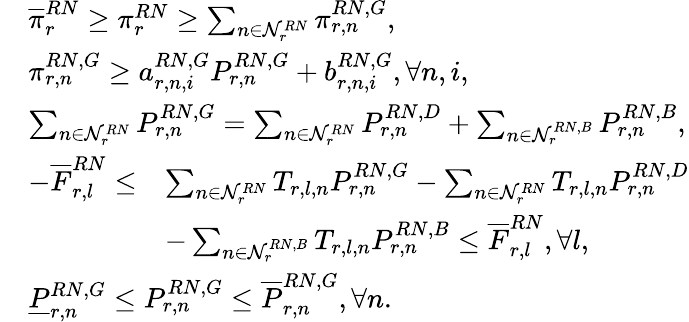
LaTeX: \begin{array}{rl}&{\overline{{\pi}}_{r}^{RN}\ge\pi_{r}^{RN}\ge\sum_{n\in\mathcal{N}_{r}^{RN}}\pi_{r,n}^{RN,G},}\\ &{\pi_{r,n}^{RN,G}\ge a_{r,n,i}^{RN,G}P_{r,n}^{RN,G}+b_{r,n,i}^{RN,G},\forall n,i,}\\ &{\sum_{n\in\mathcal{N}_{r}^{RN}}P_{r,n}^{RN,G}=\sum_{n\in\mathcal{N}_{r}^{RN}}P_{r,n}^{RN,D}+\sum_{n\in\mathcal{N}_{r}^{RN,B}}P_{r,n}^{RN,B},}\\ &{\begin{array}{rl}{-\overline{{F}}_{r,l}^{RN}\leq}&{\sum_{n\in\mathcal{N}_{r}^{RN}}T_{r,l,n}P_{r,n}^{RN,G}-\sum_{n\in\mathcal{N}_{r}^{RN}}T_{r,l,n}P_{r,n}^{RN,D}}\\ &{-\sum_{n\in\mathcal{N}_{r}^{RN,B}}T_{r,l,n}P_{r,n}^{RN,B}\leq\overline{{F}}_{r,l}^{RN},\forall l,}\end{array}}\\ &{\underline{{P}}_{r,n}^{RN,G}\leq P_{r,n}^{RN,G}\leq\overline{{P}}_{r,n}^{RN,G},\forall n.}\end{array}